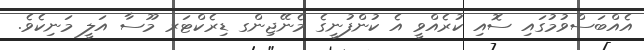
އެއްބަސްވުމުގައި ސޮއި ކުރެއްވީ އެ ކުންފުނީގެ މެނޭޖިންގ ޑިރެކްޓަރ މޫސާ އަލީ މަނިކެވެ.